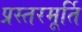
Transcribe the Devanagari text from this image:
प्रस्तरमूर्ति